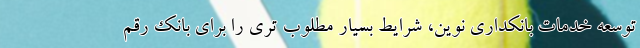
توسعه خدمات بانکداری نوین، شرایط بسیار مطلوب تری را برای بانک رقم